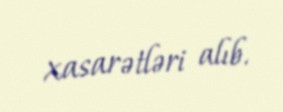
xasarətləri alıb.